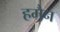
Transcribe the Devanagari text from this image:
हमैन